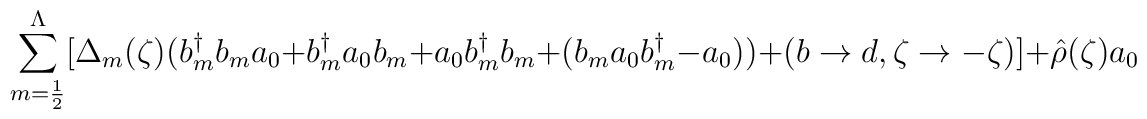
\sum_{m=\frac{1}{2}}^{\Lambda}\bigl[ \Delta_m(\zeta) \bigl(b^{\dag}_m b_m a_0 + b^{\dag}_m a_0 b_m + a_0 b^{\dag}_m b_m+ (b_m a_0 b^{\dag}_m - a_0 ) \bigr)+ (b \rightarrow d, \zeta \rightarrow - \zeta) \bigr]+ {\hat{\rho}} (\zeta) a_0